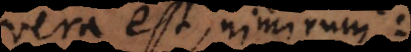
vera est, nimirum: